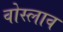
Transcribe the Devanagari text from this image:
वोस्लाव